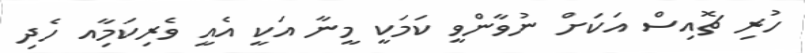
ހުރި ޗޮއިސް އަކަށް ނުވާންވީ ކަމަކީ މީނާ އަކީ އެއީ ވެރިކަމާިއ ހެދި